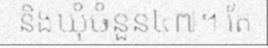
និងឃុំចំនួន៤៧។ តែ